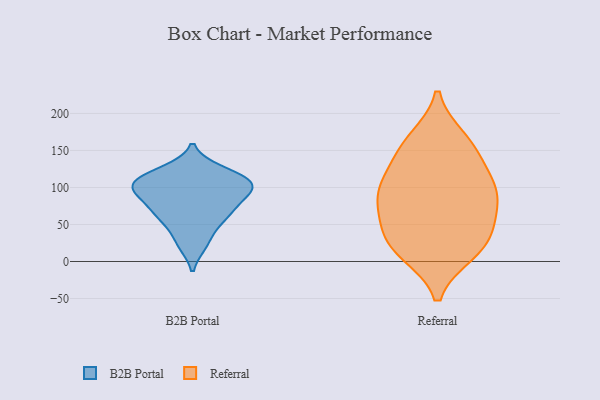
{"axis": {"x": "Energy Usage (MWh)", "y": "Value"}, "legend": ["B2B Portal", "Referral"], "data": [{"x": "", "y": 50, "type": "B2B Portal"}, {"x": "", "y": 23, "type": "B2B Portal"}, {"x": "", "y": 123, "type": "B2B Portal"}, {"x": "", "y": 100, "type": "B2B Portal"}, {"x": "", "y": 89, "type": "B2B Portal"}, {"x": "", "y": 101, "type": "B2B Portal"}, {"x": "", "y": 114, "type": "B2B Portal"}, {"x": "", "y": 105, "type": "B2B Portal"}, {"x": "", "y": 69, "type": "B2B Portal"}, {"x": "", "y": 69, "type": "B2B Portal"}, {"x": "", "y": 89, "type": "Referral"}, {"x": "", "y": 11, "type": "Referral"}, {"x": "", "y": 111, "type": "Referral"}, {"x": "", "y": 101, "type": "Referral"}, {"x": "", "y": 16, "type": "Referral"}, {"x": "", "y": 40, "type": "Referral"}, {"x": "", "y": 44, "type": "Referral"}, {"x": "", "y": 162, "type": "Referral"}, {"x": "", "y": 91, "type": "Referral"}, {"x": "", "y": 43, "type": "Referral"}, {"x": "", "y": 86, "type": "Referral"}, {"x": "", "y": 73, "type": "Referral"}, {"x": "", "y": 131, "type": "Referral"}, {"x": "", "y": 12, "type": "Referral"}, {"x": "", "y": 150, "type": "Referral"}, {"x": "", "y": 166, "type": "Referral"}]}